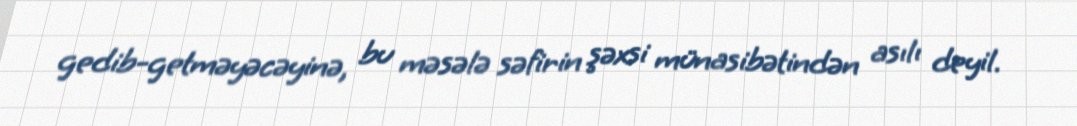
gedib-getməyəcəyinə, bu məsələ səfirin şəxsi münasibətindən asılı deyil.